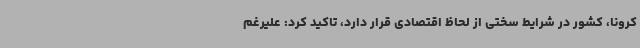
کرونا، کشور در شرایط سختی از لحاظ اقتصادی قرار دارد، تاکید کرد: علیرغم